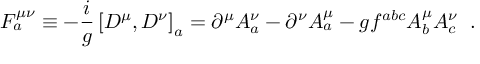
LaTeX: { \cal F } _ { a } ^ { \mu \nu } \equiv - { \frac { i } { g } } \left\lbrack { \cal D } ^ { \mu } , { \cal D } ^ { \nu } \right\rbrack _ { a } = \partial ^ { \mu } { \cal A } _ { a } ^ { \nu } - \partial ^ { \nu } { \cal A } _ { a } ^ { \mu } - g f ^ { a b c } { \cal A } _ { b } ^ { \mu } { \cal A } _ { c } ^ { \nu } \; \; .